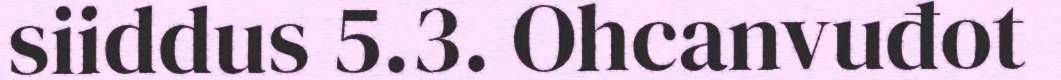
siiddus 5.3. Ohcanvuđot